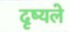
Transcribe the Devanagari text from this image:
दृष्यले